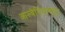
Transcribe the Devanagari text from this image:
आल्बेनियामधून